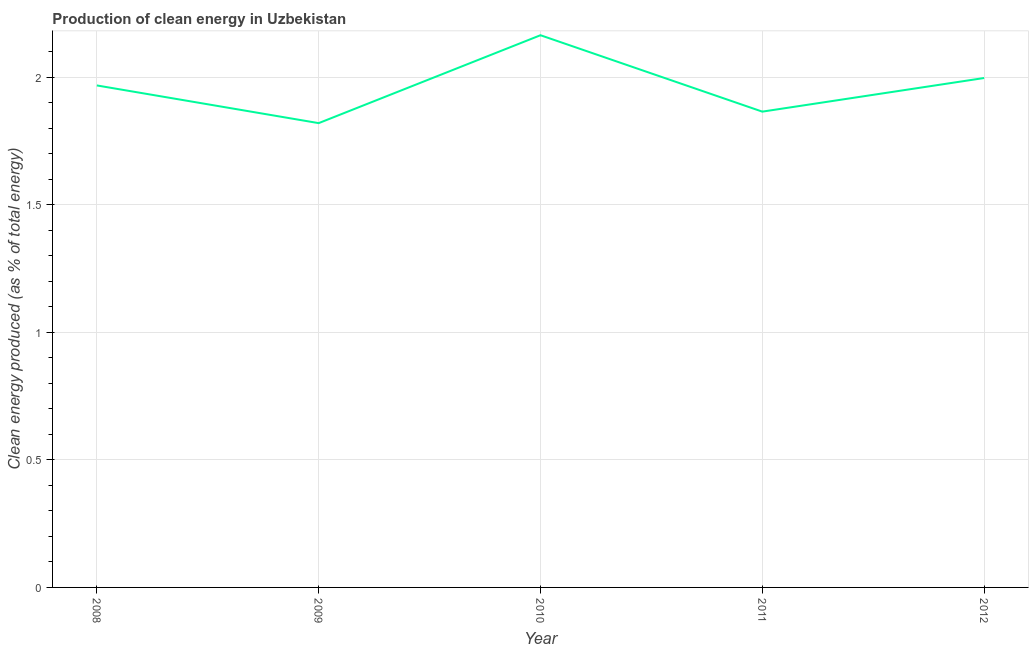
| Year | Alternative and nuclear energy |
 | --- | --- |
 | 2008 | 1.97 |
 | 2009 | 1.82 |
 | 2010 | 2.16 |
 | 2011 | 1.86 |
 | 2012 | 2 |